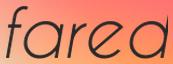
fared